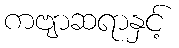
ကဗျာဆရာနှင့်